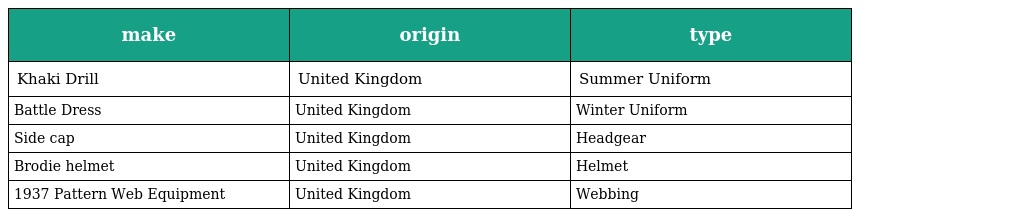
| make | origin | type |
 | --- | --- | --- |
 | Khaki Drill | United Kingdom | Summer Uniform |
 | Battle Dress | United Kingdom | Winter Uniform |
 | Side cap | United Kingdom | Headgear |
 | Brodie helmet | United Kingdom | Helmet |
 | 1937 Pattern Web Equipment | United Kingdom | Webbing |